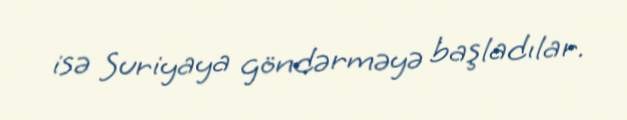
isə Suriyaya göndərməyə başladılar.